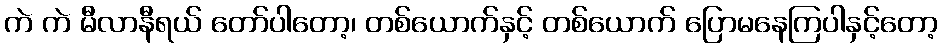
ကဲ ကဲ မီလာနီရယ် တော်ပါတော့၊ တစ်ယောက်နှင့် တစ်ယောက် ပြောမနေကြပါနှင့်တော့